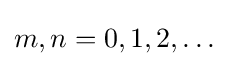
m,n=0,1,2,\dots